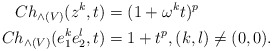
\begin{align*}Ch_{\wedge(V)}(z^k,t)&=(1+\omega^k t)^p\\Ch_{\wedge(V)}(e_1^ke_2^l,t)&=1+t^p, (k,l)\neq (0,0).\end{align*}